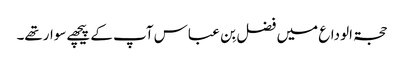
حجۃ الوداع میں فضل بِن عباس آپ کے پیچھےسوارتھے۔